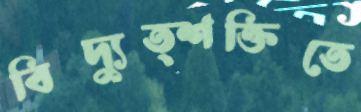
বিদ্যুত্শক্তিতে